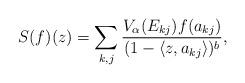
LaTeX: \begin{align*} S(f)(z)=\sum_{k, j} \frac{V_\alpha(E_{kj})f(a_{kj})}{(1-\langle z, a_{kj} \rangle)^b},\end{align*}